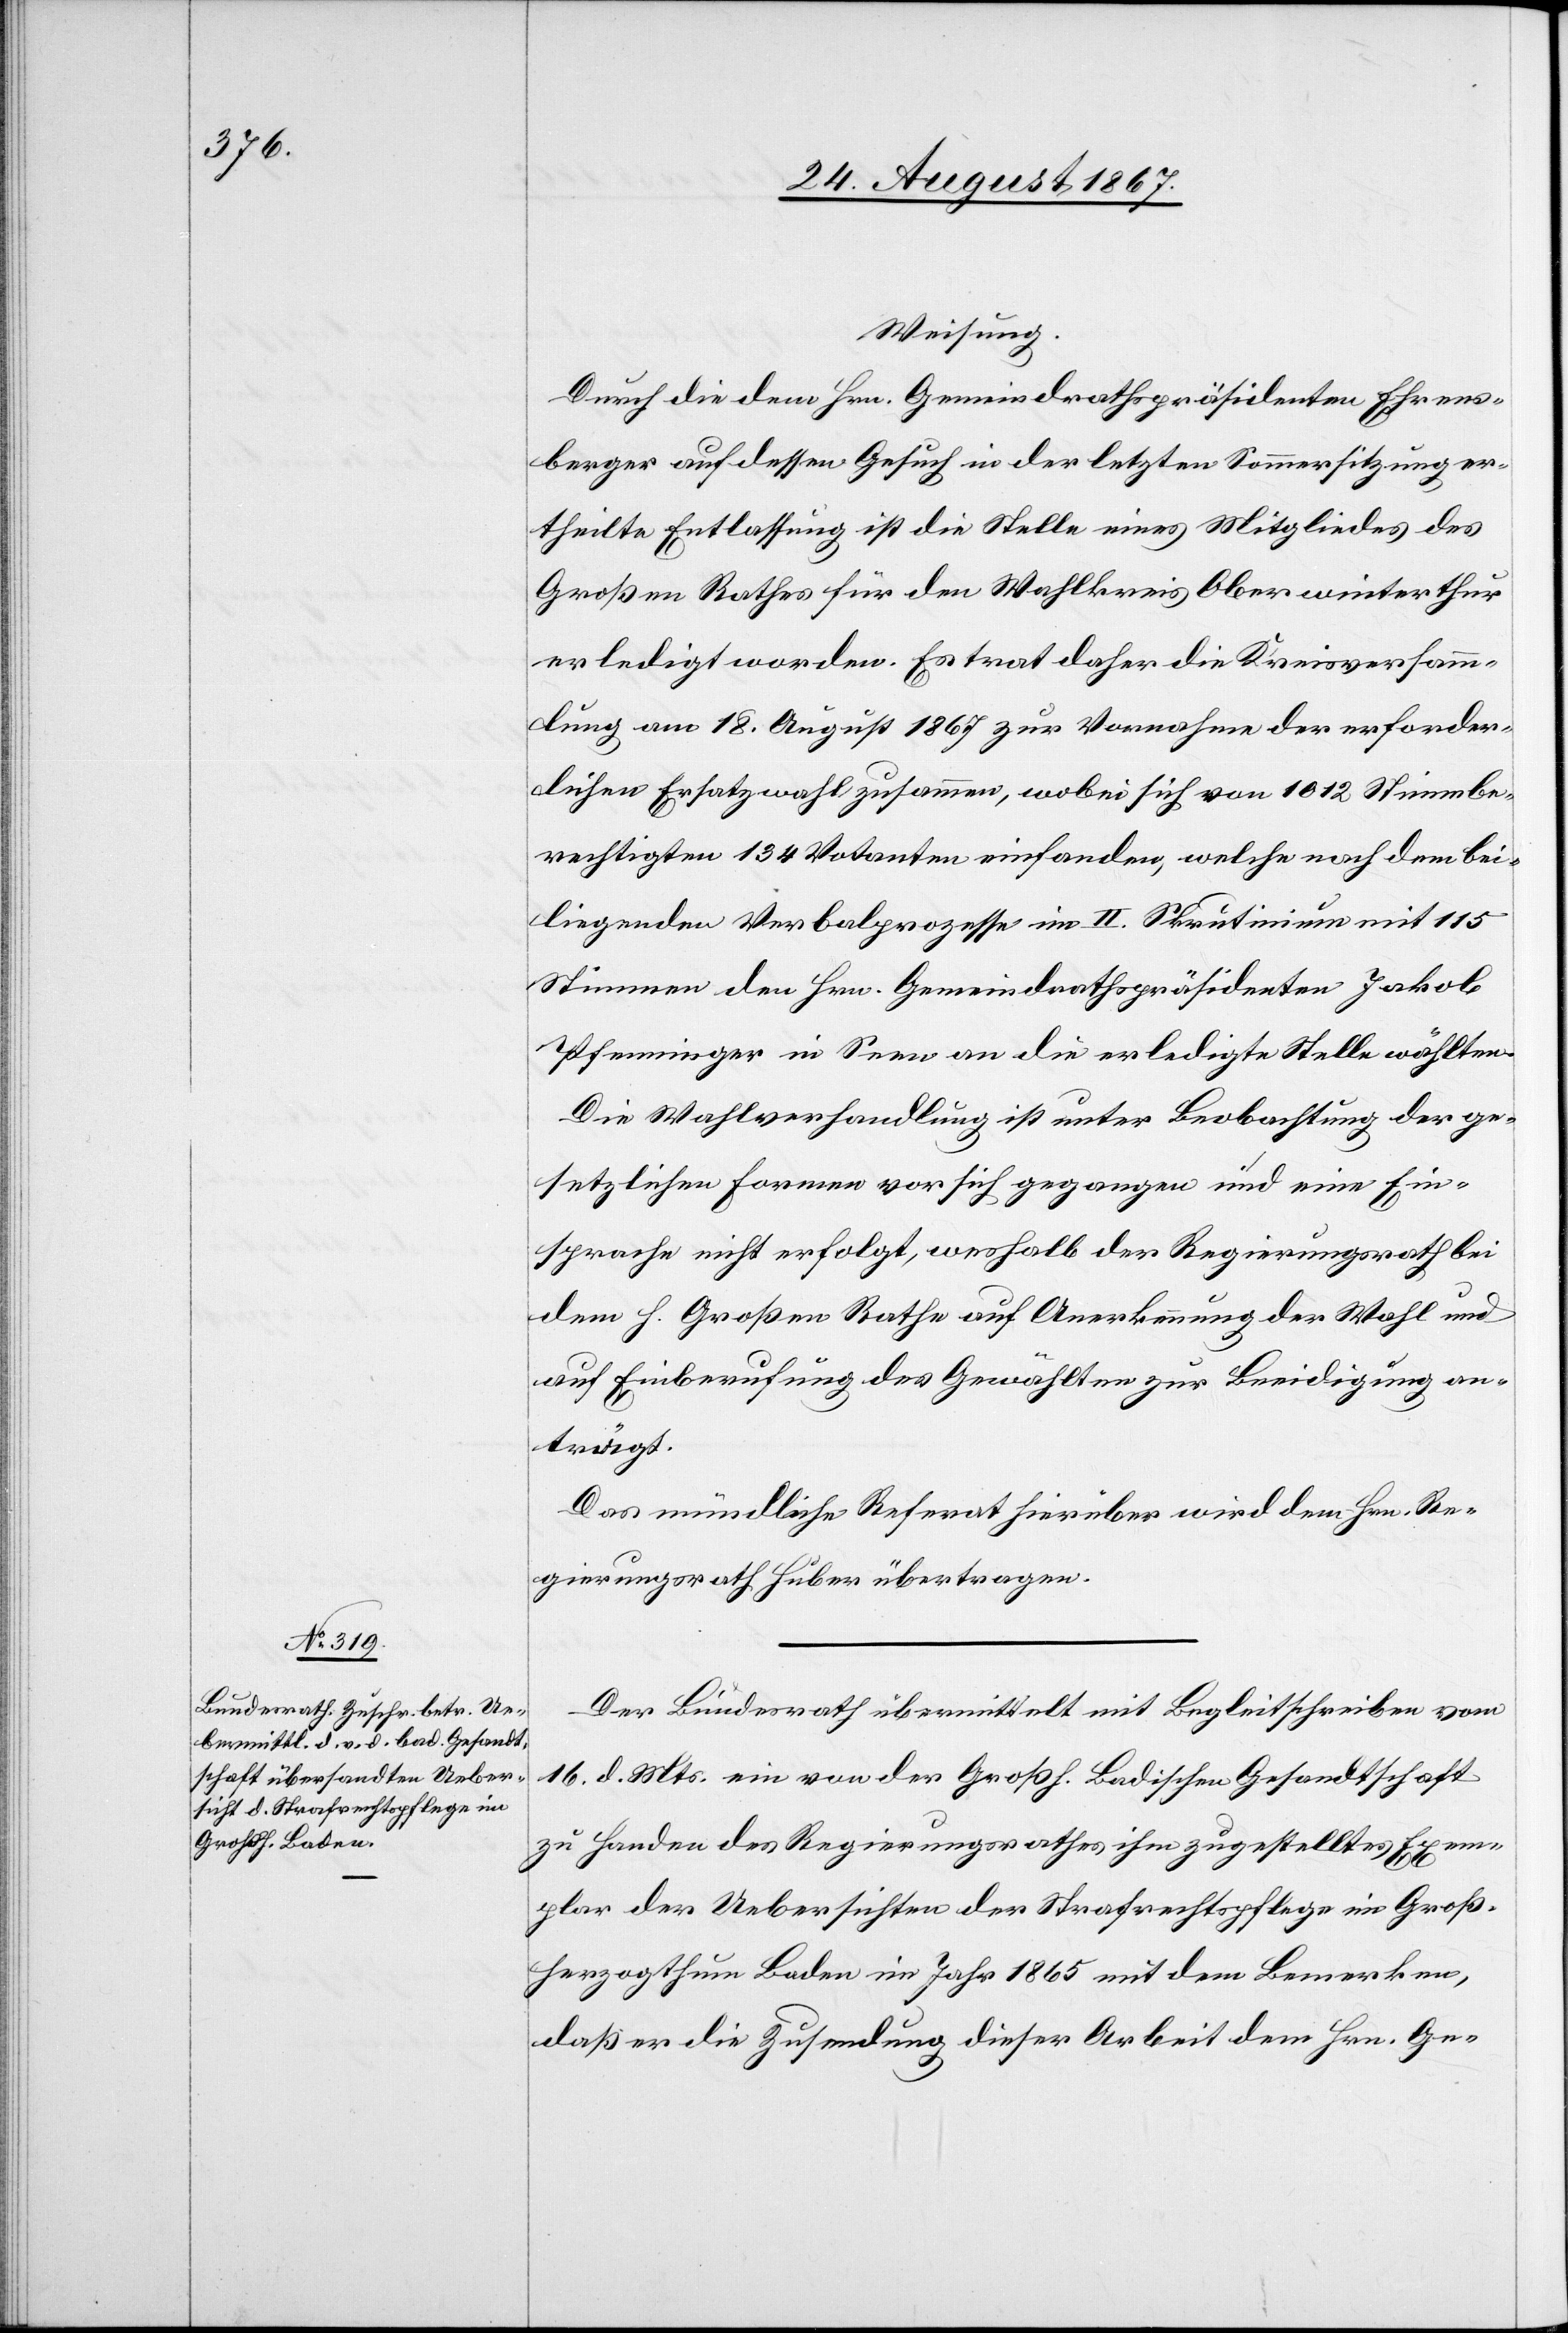
Weisung.
Durch die dem Hrn. Gemeindrathspräsidenten Ehrens¬
berger auf dessen Gesuch in der letzten Sommersitzung er¬
theilte Entlassung ist die Stelle eines Mitgliedes des
Großen Rathes für den Wahlkreis Oberwinterthur
erledigt worden. Es trat daher die Kreisversamm¬
lung am 18. August 1867 zur Vornahme der erforder¬
lichen Ersatzwahl zusammen, wobei sich von 1012 Stimmbe¬
rechtigten 134 Votanten einfanden, welche nach dem bei¬
liegenden Verbalprozesse im II. Skrutinium mit 115
Stimmen den Hrn. Gemeindrathspräsidenten Jakob
Pfenninger in Seen an die erledigte Stelle wählten.
Die Wahlverhandlung ist unter Beobachtung der ge¬
setzlichen Formen vor sich gegangen und eine Ein¬
sprache nicht erfolgt, weshalb der Regierungsrath bei
dem h. Großen Rathe auf Anerkennung der Wahl und
auf Einberufung des Gewählten zur Beeidigung an¬
trägt.
Das mündliche Referat hierüber wird dem Hrn. Re¬
gierungsrath Huber übertragen.
Der Bundesrath übermittelt mit Begleitschreiben vom
16. d. Mts. ein von der Großh. Badischen Gesandtschaft
zu Handen des Regierungsrathes ihm zugestellten Exem¬
plar der Uebersichten der Strafrechtspflege im Groß¬
herzogthum Baden im Jahr 1865 mit dem Bemerken,
daß er die Zusendung dieser Arbeit dem Hrn. Ge-